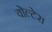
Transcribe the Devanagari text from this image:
वोल्टेरा